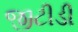
જીટીડી